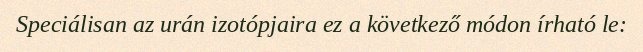
Speciálisan az urán izotópjaira ez a következő módon írható le: